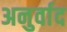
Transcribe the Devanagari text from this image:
अनुर्वाद